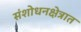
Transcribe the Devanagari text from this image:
संशोधनक्षेत्रात